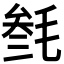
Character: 𣮟